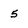
Character: 5